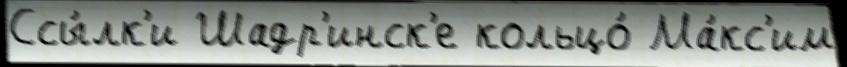
Ссы́лк'и Шадр'инск'е кольцо́ Ма́кс'им